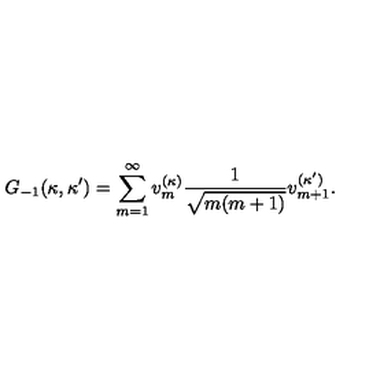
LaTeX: G _ { - 1 } ( \kappa , \kappa ^ { \prime } ) = \sum _ { m = 1 } ^ { \infty } v _ { m } ^ { ( \kappa ) } \frac { 1 } { \sqrt { m ( m + 1 ) } } v _ { m + 1 } ^ { ( \kappa ^ { \prime } ) } .